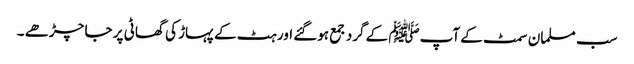
سب مسلمان سمٹ کے آپﷺ کے گرد جمع ہوگئے اور ہٹ کے پہاڑ کی گھاٹی پر جا چڑھے ۔